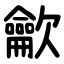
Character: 龡